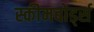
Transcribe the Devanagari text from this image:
स्कीमबोर्ड्स